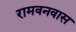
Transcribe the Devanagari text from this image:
रामवनवास